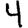
Digit: 4